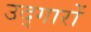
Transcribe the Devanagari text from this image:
उद्‌गारों